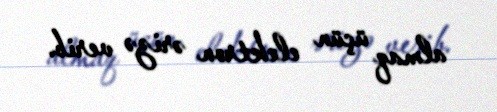
almaq üçün elektron ərizə verib.